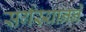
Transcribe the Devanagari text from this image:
सर्गस्यानने